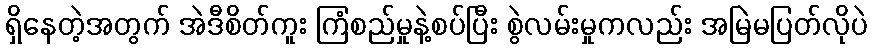
ရှိနေတဲ့အတွက် အဲဒီစိတ်ကူး ကြံစည်မှုနဲ့စပ်ပြီး စွဲလမ်းမှုကလည်း အမြဲမပြတ်လိုပဲ